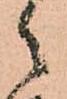
々